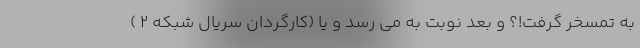
به تمسخر گرفت!؟ و بعد نوبت به می رسد و یا (کارگردان سریال شبکه 2 )